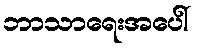
ဘာသာရေးအပေါ်